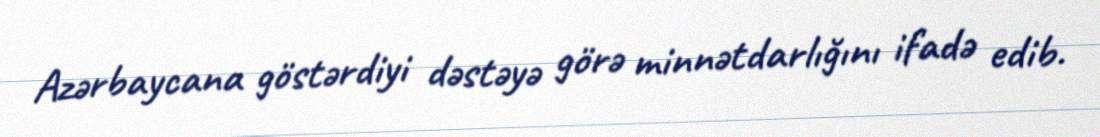
Azərbaycana göstərdiyi dəstəyə görə minnətdarlığını ifadə edib.